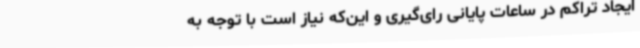
ایجاد تراکم در ساعات پایانی رای‌گیری و این‌که نیاز است با توجه به